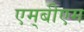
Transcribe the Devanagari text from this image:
एम्‌बीएम